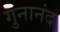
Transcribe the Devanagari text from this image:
गुनानंद